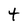
Character: t